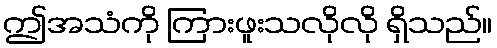
ဤအသံကို ကြားဖူးသလိုလို ရှိသည်။